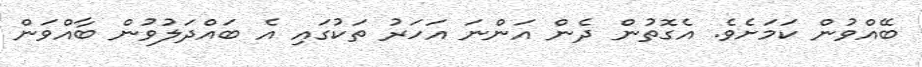
ބޭއްވުން ކަމަށެވެ. އެގޮތުން ދެން އަންނަ އަހަރު ތަކުގައި އެ ބައްދަލުވުން ބާއްވަން